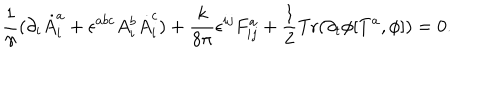
\frac { 1 } { \gamma } ( \partial _ { i } \dot { A } _ { i } ^ { a } + \epsilon ^ { a b c } A _ { i } ^ { b } \dot { A } _ { i } ^ { c } ) + \frac { k } { 8 \pi } \epsilon ^ { i j } F _ { i j } ^ { a } + \frac { 1 } { 2 } \mathrm { T r } ( \partial _ { t } \phi [ T ^ { a } , \phi ] ) = 0 .